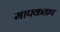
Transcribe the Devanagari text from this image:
मापकताप